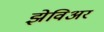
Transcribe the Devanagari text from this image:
झेविअर